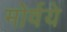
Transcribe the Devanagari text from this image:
मोर्वये